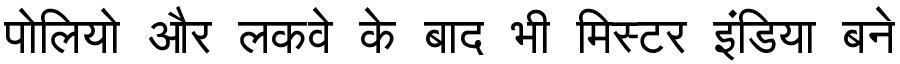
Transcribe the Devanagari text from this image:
पोलियो और लकवे के बाद भी मिस्टर इंडिया बने